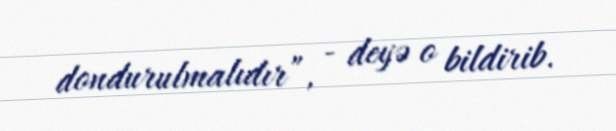
dondurulmalıdır”, - deyə o bildirib.